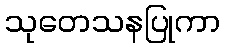
သုတေသနပြုကာ